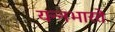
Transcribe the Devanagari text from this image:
यन्नभारते